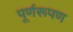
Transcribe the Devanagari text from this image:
पूर्णरूपण